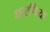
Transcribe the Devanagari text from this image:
धारणिया